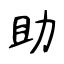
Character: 助